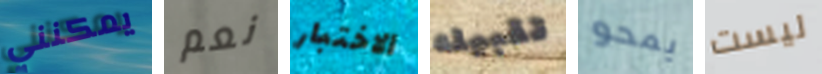
يمكنني نعم الاختبار تقبيله يمحو ليست